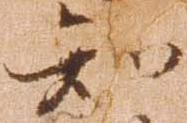
知